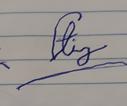
Signature authenticity: forged